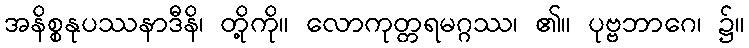
အနိစ္စနုပဿနာဒီနိ၊ တို့ကို။ လောကုတ္တရမဂ္ဂဿ၊ ၏။ ပုဗ္ဗဘာဂေ၊ ၌။